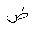
Letter: _dad